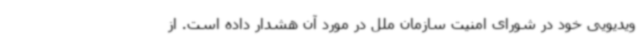
ویدیویی خود در شورای امنیت سازمان ملل در مورد آن هشدار داده است. از